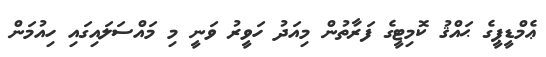
ޢެމްޑީޕީގެ ޙައްޤު ކޮމިޓީގެ ފަރާތުން މިއަދު ހަވީރު ވަނީ މި މައްސަލައިގައި ހިއުމަން